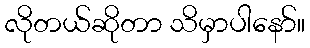
လိုတယ်ဆိုတာ သိမှာပါနော်။